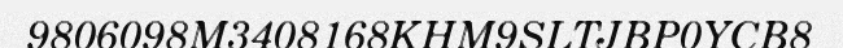
9806098M3408168KHM9SLTJBP0YCB8